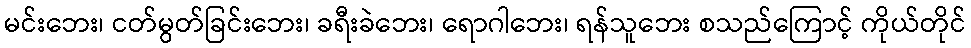
မင်းဘေး၊ ငတ်မွတ်ခြင်းဘေး၊ ခရီးခဲဘေး၊ ရောဂါဘေး၊ ရန်သူဘေး စသည်ကြောင့် ကိုယ်တိုင်